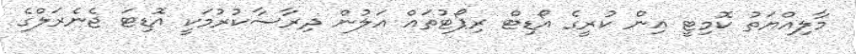
މާލިއްޔަތު ކޮމިޓީ އިން ކުރީގެ އޯޑިޓް ރިޕޯޓުތައް އަލުން ދިރާސާކުރުމަކީ އޮޑިޓަ ޖެނެރަލްގެ